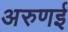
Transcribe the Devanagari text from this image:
अरुणई